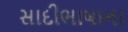
સાદીભાષાના